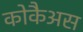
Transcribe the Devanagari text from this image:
कोकैअस